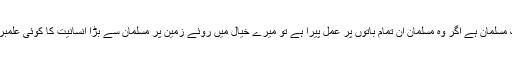
اور ان تمام باتوں پر عمل درآمد کرنے والا ایک مسلمان ہے اگر وہ مسلمان ان تمام باتوں پر عمل پیرا ہے تو میرے خیال میں روئے زمین پر مسلمان سے بڑا انسانیت کا کوئی علمبردار نہ کوئی آیا ہے اور نہ ہی کبھی آ سکتا ہے۔